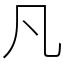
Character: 凡